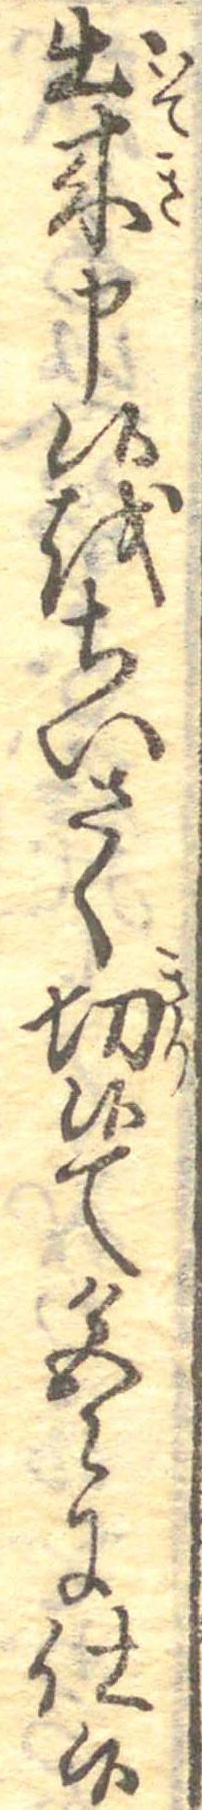
出来申候をちいさく切候て色〻に仕候